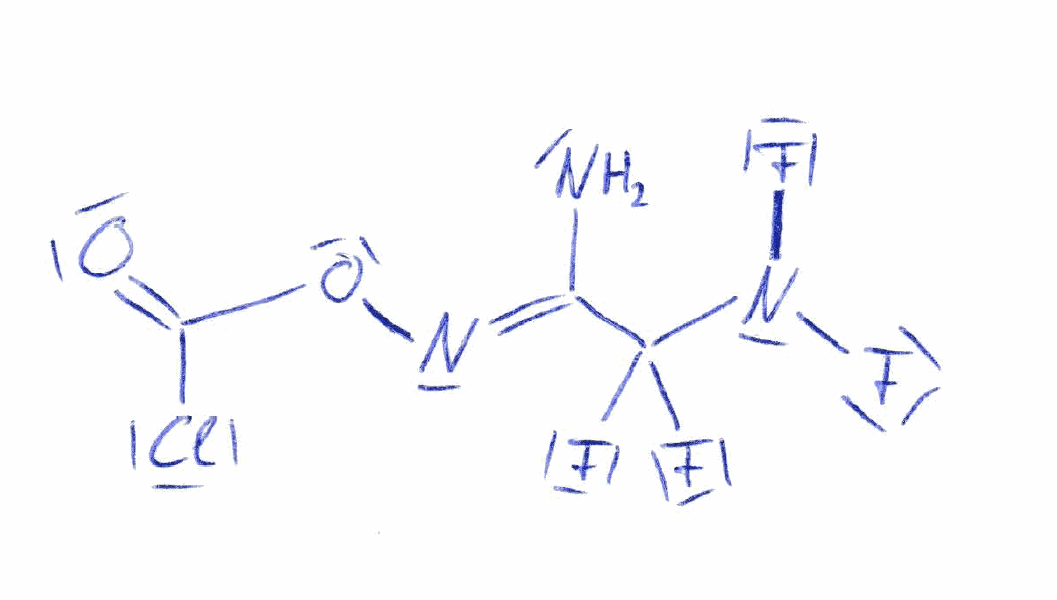
Simplified molecular-input line-entry system (SMILES) notation of the given molecule:
C(=N/OC(=O)Cl)(\C(N(F)F)(F)F)/N